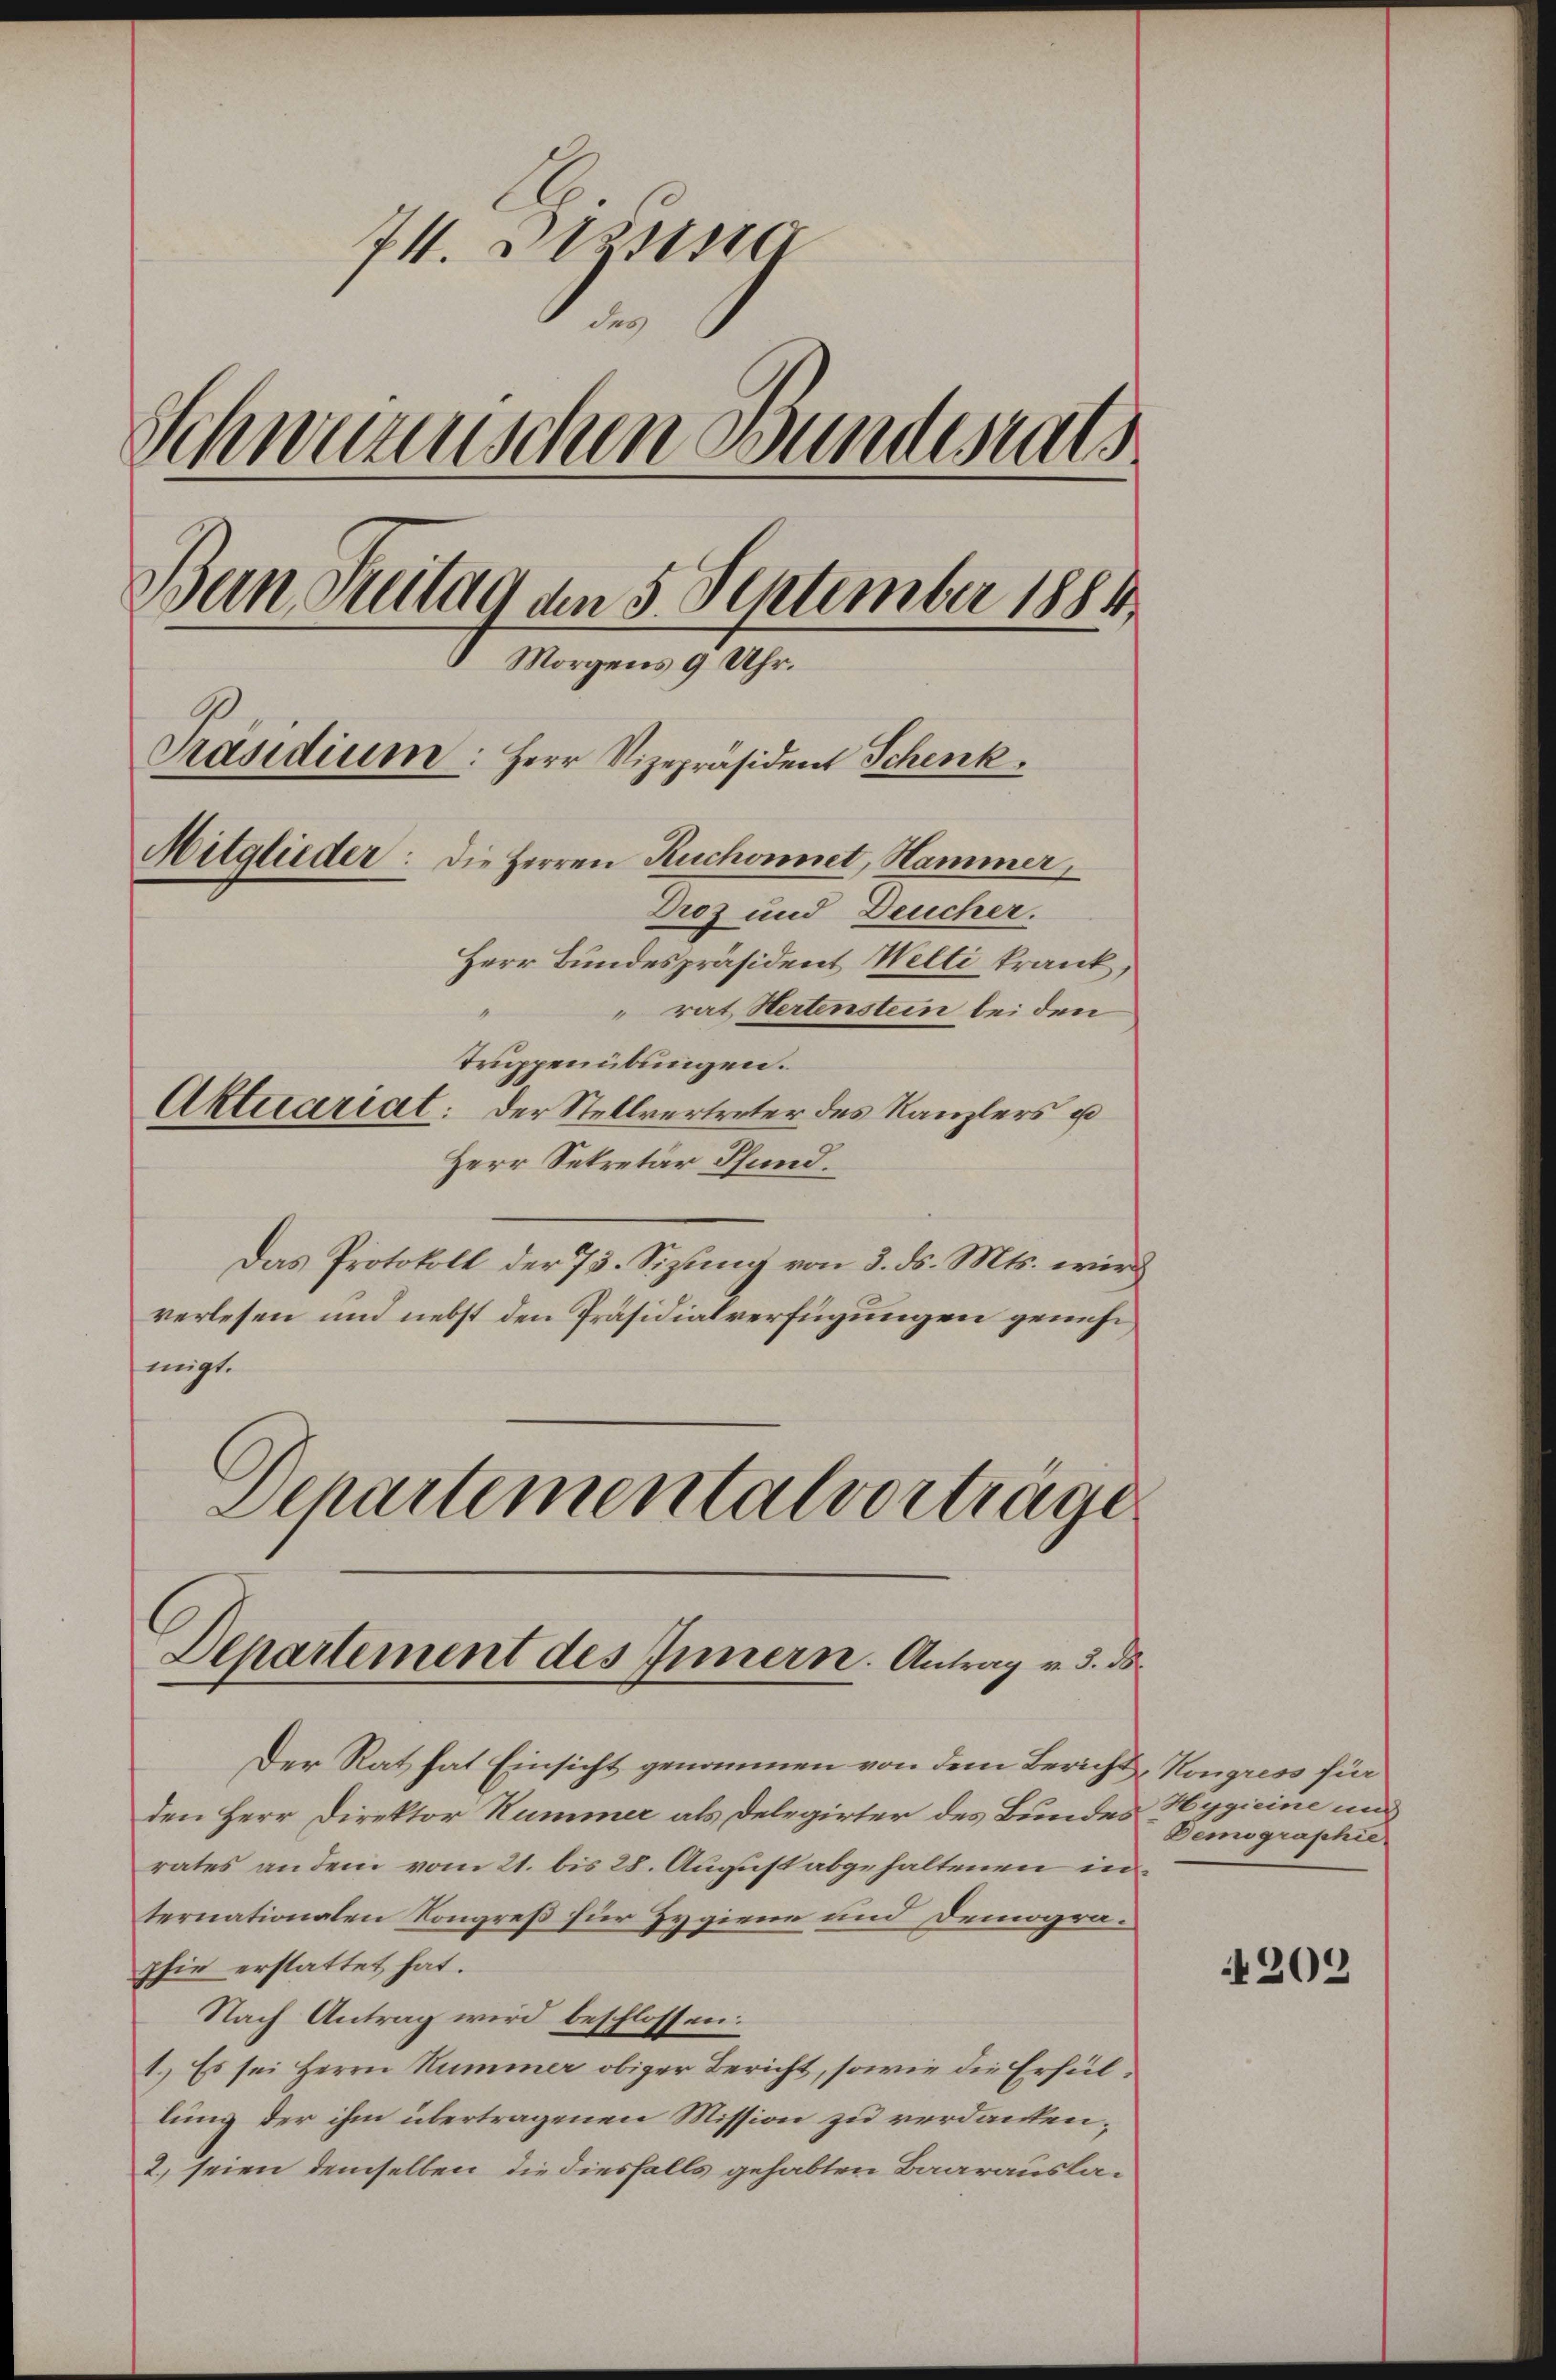
74. Jesus
Schwurnischen wundesrat
Bern Suitag an 5 September 1884
Morgens 9 Uhr.
Präsidium: Herr Vizepräsident Schenk
Mitglieder: Die Herren Ruchonnet, Hammer,
Droz und Deucher.
Herr Bundespräsident Welti krank,
rat Hertenstein bei den
Truppenübungen.
Aktuariat: Der Stellvertreter des Kanzlers u

Herr Sekretär Pfund
Das Protokoll der 73. Sizung von 3. ds. Mts. wird
verlesen und nebst den Präsidialverfügungen genehm
migt.
Dchartemental vorträge

Departement des Innern. Antrag v. 3. ds

Der Rat hat Einsicht genommen von dem Bericht Kongress für
den Herr Direktor Hummer als Delegirter des Bundes Hygieine und
rates an dem vom 21. bis 28. August abgehaltenen internationalen Kongreß für Hygiene und Demographie erstattet hat.
Nach Antrag wird beschlossen:
1.) Es sei Herrn Kummer obiger Bericht, sowie die Erfüllung der ihm übertragenen Mission zu verdanken,
2) seien demselben die diesfalls gehabten Baarausla¬

Demographie

209